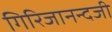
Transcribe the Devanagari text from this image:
गिरिजानन्दजी